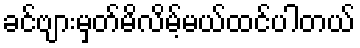
ခင်ဗျားမှတ်မိလိမ့်မယ်ထင်ပါတယ်